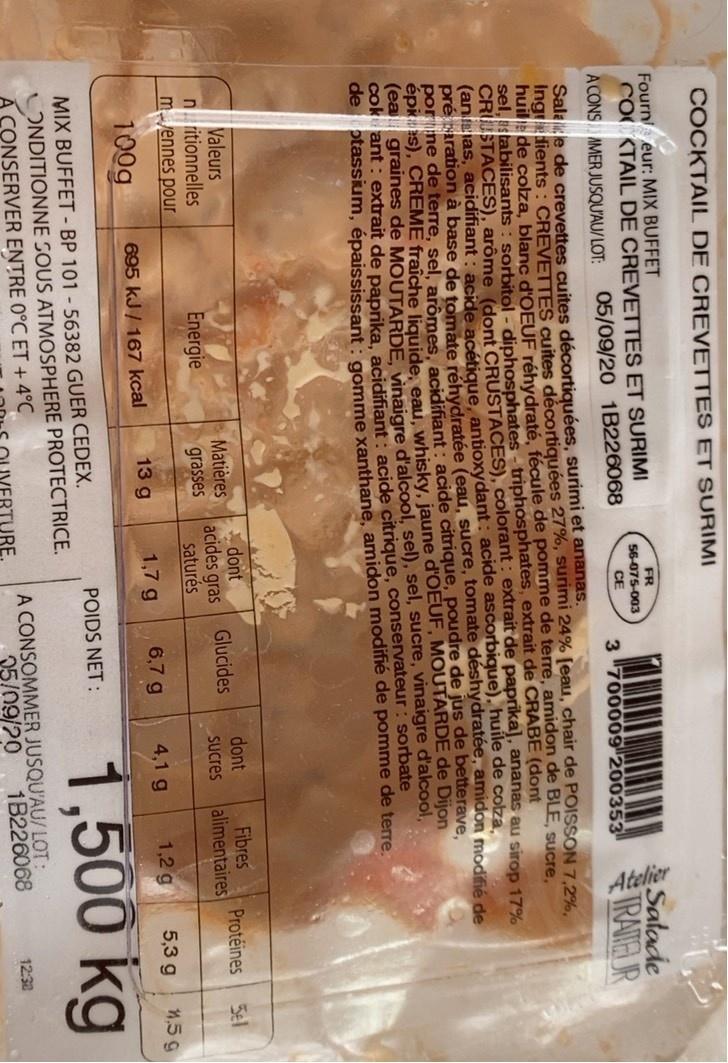
COCKTAIL DE CREVETTES ET SURIMI
Fourn eur: MIX BUFFET COCKTAIL DE CREVETTES ET SURIMI A CONS AMER JUSQU'AU/LOT:
Salade IRATE UR
FR
56-075-003
CE
05/09/20 1B226068
3 700009 200353
Salae de crevettes cuites décortiquées, surimi et ananas. Ingedients : CREVETTES cuites décortiquées 27%, surimi 24% [eau, chair de POISSON 7.2%. huile de coza, blanc d'OEUF réhydraté, fécule de pomme de terre, amidon de BLE, sUcre sel, stabilisants : sorbitol - diphosphates - triphosphates, extrait de CRABE (dont CRUSTACES), arôme (dont CRUSTACES), colorant: extrait de paprika), ananas au sirop 17% (aneias, acidifiant : acide acétique, antioxydant : acide ascorbique), huile de cotza, pré aration à base de tomate réhydratée (eau, sucre, tomate déshydratée, amidon modifié de porine de terre, sel, arômes acidifiant: acide citrique, poudre de jus de betterave, epks), CREME fraîche liquide, eau, whisky, jaune d'OEUF, MOUTARDE de Dijon (ea graines de MOUTARDE vinaigre d'alcool, sel), sel, sucre, vinaigre d'alcool, cok ant : extrait de paprika acidifiant: acide citrique, conservateur: sorbate de ptassum, épaississant: gomme xanthane, amidon modifié de pomme de terre.
dont acides gras saturés
Fibres alimentaires
dont
Valeurs n ritionnelles mvennes pour
Protéines
Matières grasses
Glucides
5el
Energie
Sucres
13 g
1,7 g
6,7 g
4,1 g
1,2 g
5,3 g
1,5 g
100g
695 kJ / 167 kcal
1,500 kg
POIDS NET :
MIX BUFFET - BP 101 - 56382 GUER CEDEX. LONDITIONNE SOUS ATMOSPHERE PROTECTRICE. Á CONSERVER ENTRE 0°C ET + 4°C
A CONSOMMER JUSQU'AU/LOT: 05/09/20
1B226068
12:30